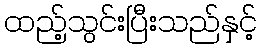
ထည့်သွင်းပြီးသည်နှင့်